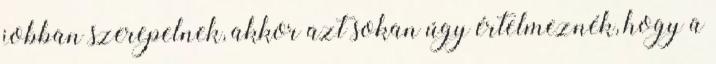
jobban szerepelnek, akkor azt sokan úgy értelmeznék, hogy a